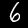
Digit: 6